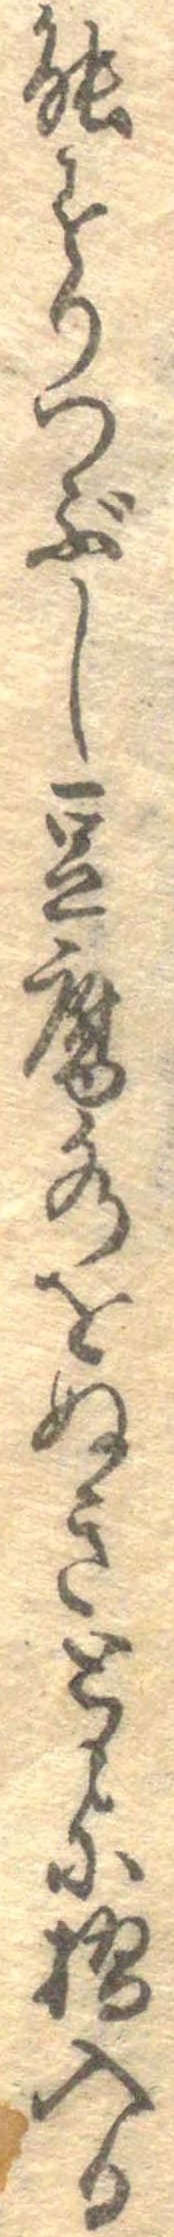
能すりつぶし豆腐水をぬきともに摺入る